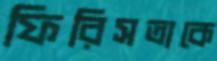
ফিরিসতাকে